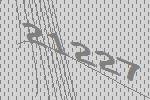
21227